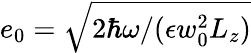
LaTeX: e_{0}=\sqrt{2\hbar\omega/(\epsilon w_{0}^{2}L_{z})}